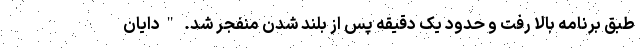
طبق برنامه بالا رفت و حدود یک دقیقه پس از بلند شدن منفجر شد. "دایان